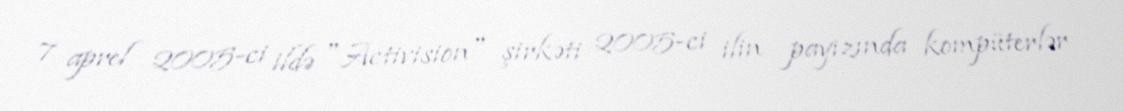
7 aprel 2005-ci ildə "Activision" şirkəti 2005-ci ilin payızında kompüterlər